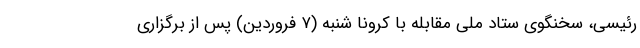
رئیسی، سخنگوی ستاد ملی مقابله با کرونا شنبه (۷ فروردین) پس از برگزاری